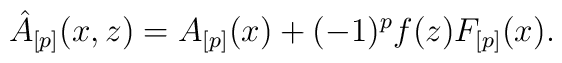
\hat A_{[p]}(x,z)=A_{[p]}(x)+(-1)^pf(z)F_{[p]}(x).